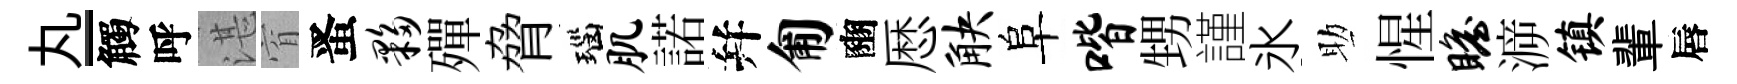
丸-觸呼湛窅󱉠夥殫脅瑙肌諾幷匍豳厯觖阜喈甥謹氷助惺瞻㴑镇輩唇